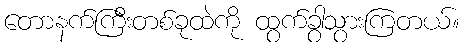
တောနက်ကြီးတစ်ခုထဲကို ထွက်ခွာသွားကြတယ်။